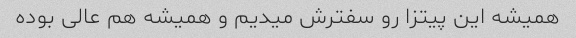
همیشه این پیتزا رو سفترش میدیم و همیشه هم عالی بوده